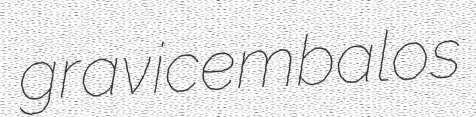
gravicembalos